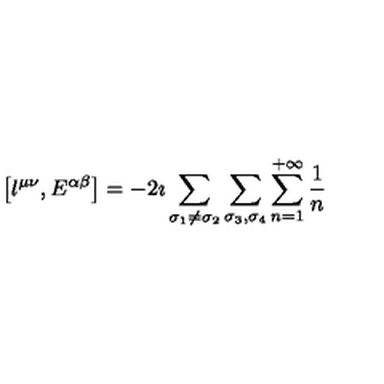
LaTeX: \left[ l ^ { \mu \nu } , E ^ { \alpha \beta } \right] = - 2 \imath \sum _ { \sigma _ { 1 } \neq \sigma _ { 2 } } \sum _ { \sigma _ { 3 } , \sigma _ { 4 } } \sum _ { n = 1 } ^ { + \infty } \frac { 1 } { n }